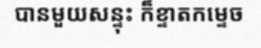
បានមួយសន្ទុះ ក៏ខ្ទាតកម្ទេច